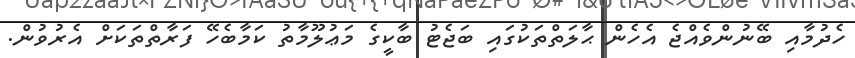
ހެދުމާއި ބޭނުންވެއްޖެ އެހެން ޙާލަތްތަކުގައި ބަޖެޓު ބާކީގެ މަޢުލޫމާތު ކަމާބެހޭ ފަރާތްތަކަށް އެރުވުން.